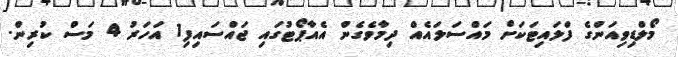
މޯލްޑިވިއަންގެ ފްލައިޓަކަށް މައްސަލައެއް ދިމާވެގެން އެއާޕޯޓުގައި ޖައްސައިފި1 އަހަރު 4 މަސް ކުރިން.